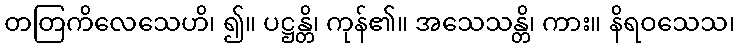
တတြကိလေသေဟိ၊ ၍။ ပဋ္ဌန္တိ၊ ကုန်၏။ အသေသန္တိ၊ ကား။ နိရဝသေသ၊